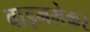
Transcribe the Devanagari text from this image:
वाइनमेकर